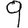
Digit: 9